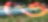
ভে